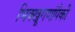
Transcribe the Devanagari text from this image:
भिक्खूगणांपैकी